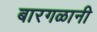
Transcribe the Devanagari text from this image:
बारगळानी